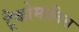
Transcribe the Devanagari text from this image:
ट्रैकोमातिस